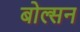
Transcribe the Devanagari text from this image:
बोल्सन